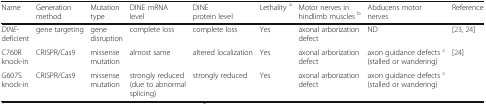
<table><thead><tr><td><b>Name</b></td><td><b>Generation method</b></td><td><b>Mutation type</b></td><td><b>DINE mRNA level</b></td><td><b>DINE protein level</b></td><td><b>Lethality <sup>a</sup></b></td><td><b>Motor nerves in hindlimb muscles <sup>b</sup></b></td><td><b>Abducens motor nerves</b></td><td><b>Reference</b></td></tr></thead><tbody><tr><td><i>DINE</i>-deficient</td><td>gene targeting</td><td>gene disruption</td><td>complete loss</td><td>complete loss</td><td>Yes</td><td>axonal arborization defect</td><td>ND</td><td>[23, 24]</td></tr><tr><td>C760R knock-in</td><td>CRISPR/Cas9</td><td>missense mutation</td><td>almost same</td><td>altered localization</td><td>Yes</td><td>axonal arborization defect</td><td>axon guidance defects <sup>c</sup>(stalled or wandering)</td><td>[24]</td></tr><tr><td>G607S knock-in</td><td>CRISPR/Cas9</td><td>missense mutation</td><td>strongly reduced (due to abnormal splicing)</td><td>strongly reduced</td><td>Yes</td><td>axonal arborization defect</td><td>axon guidance defects <sup>c</sup>(stalled or wandering)</td><td></td></tr></tbody></table>